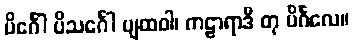
ပိင်္ဂေါ ပိသင်္ဂေါ ပျထဝါ၊ ကဠာရာဒီ တု ပိင်္ဂလေ။